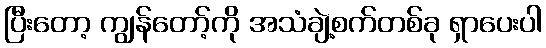
ပြီးတော့ ကျွန်တော့်ကို အသံချဲ့စက်တစ်ခု ရှာပေးပါ